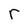
Character: r